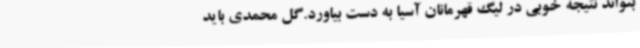
بتواند نتیجه خوبی در لیگ قهرمانان آسیا به دست بیاورد.گل محمدی باید